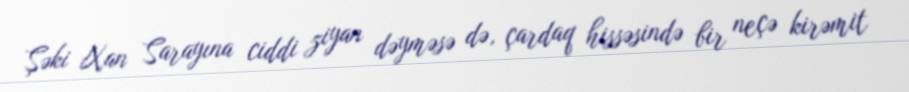
Şəki Xan Sarayına ciddi ziyan dəyməsə də, çardaq hissəsində bir neçə kirəmit